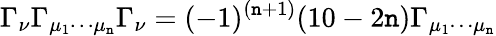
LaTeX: \Gamma_{\nu}\Gamma_{\mu_{1}\cdots\mu_{\mathtt{n}}}\Gamma_{\nu}=(-1)^{(\mathtt{n}+1)}(10-2\mathtt{n})\Gamma_{\mu_{1}\cdots\mu_{\mathtt{n}}}